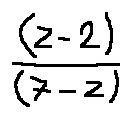
\frac { ( z - 2 ) } { ( 7 - z ) }